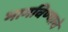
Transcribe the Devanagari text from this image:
भागविण्याचे